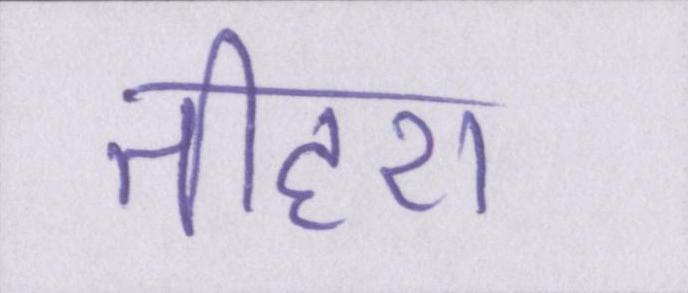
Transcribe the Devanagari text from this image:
तीहरा